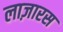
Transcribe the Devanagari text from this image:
लाज़ारस